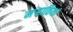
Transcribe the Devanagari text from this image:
मऱ्हाठियां